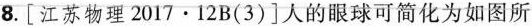
8.[江苏物理2017·12B(3)]人的眼球可简化为如图所